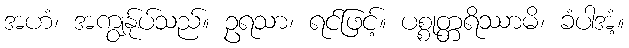
အဟံ၊ အကျွန်ုပ်သည်။ ဥရသာ၊ ရင်ဖြင့်။ ပစ္စုတ္တရိဿာမိ၊ ခံပါအံ့။